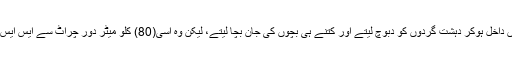
ان سب نے سکول کی عمارت کا محاصرہ کر لیا، لیکن ان میں اتنی جرات نہ ہوئی کہ وہ سکول میں داخل ہوکر دہشت گردوں کو دبوچ لیتے اور کتنے ہی بچوں کی جان بچا لیتے، لیکن وہ اسی(80) کلو میٹر دور چراٹ سے ایس ایس جی کمانڈوز کی آمد کا انتظار کرتے رہے کہ وہ آئیں تو کارروائی شروع ہو‘ آرڈر کا انتظار تھا ۔